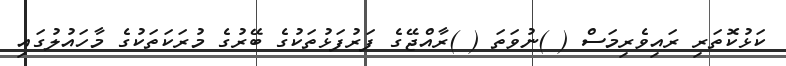
ކަޅުކޮތަރި ރައިވެރިމަސް ( )ނުވަތަ ( )ރާއްޖޭގެ ފަރުފަޅުތަކުގެ ބޭރުގެ މުރަކަތަކުގެ މާހައުލުގައި